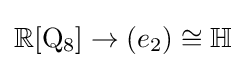
\mathbb {R} [\mathrm {Q} _{8}]\to (e_{2})\cong \mathbb {H}